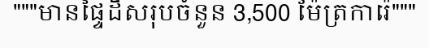
"""មានផ្ទៃដីសរុបចំនួន 3,500 ម៉ែត្រការ៉េ"""